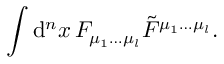
\int \mathrm { d } ^ { n } x \, F _ { \mu _ { 1 } \ldots \mu _ { l } } \tilde { F } ^ { \mu _ { 1 } \ldots \mu _ { l } } .